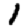
Digit: 1